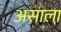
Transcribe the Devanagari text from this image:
असाला